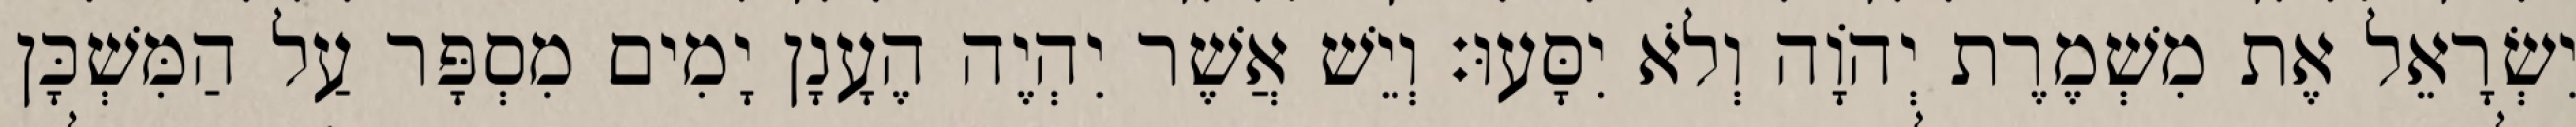
יִשְׂרָאֵל אֶת מִשְׁמֶרֶת יְהוָֹה וְלֹא יִסָּעוּ׃ וְיֵשׁ אֲשֶׁר יִהְיֶה הֶעָנָן יָמִים מִסְפָּר עַל הַמִּשְׁכָּן